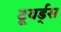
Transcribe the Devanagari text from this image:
टूवर्ड्स